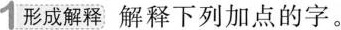
1形成解释 解释下列加点的字。